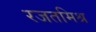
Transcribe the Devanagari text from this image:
रजतमिश्र